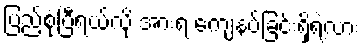
ပြည့်စုံပြီရယ်လို့ အားရ ကျေနပ်ခြင်းရှိရဲ့လား